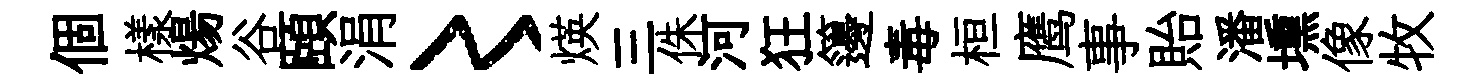
個樣煬谷頤涓〻煐三侏河狂籩毒桓鹰事貽潘壎像牧